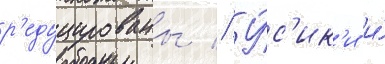
р'едуцированы // У́с'ик'и и́